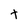
Character: t